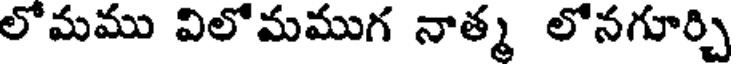
లోమము విలోమముగ నాత్మ లోనగూర్చి